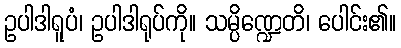
ဥပါဒါရူပံ၊ ဥပါဒါရုပ်ကို။ သမ္ပိဏ္ဍေတိ၊ ပေါင်း၏။